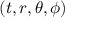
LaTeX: ( t , r , \theta , \phi )